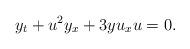
LaTeX: \begin{align*}y_t+u^2y_x+3yu_xu=0.\end{align*}